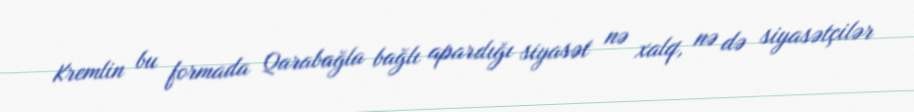
Kremlin bu formada Qarabağla bağlı apardığı siyasət nə xalq, nə də siyasətçilər